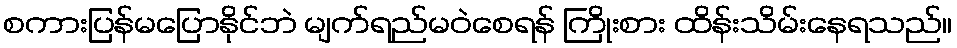
စကားပြန်မပြောနိုင်ဘဲ မျက်ရည်မဝဲစေရန် ကြိုးစား ထိန်းသိမ်းနေရသည်။